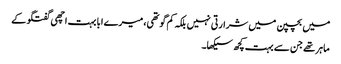
میں بچپن میں شرارتی نہیں بلکہ کم گو تھی، میرے ابا بہت اچھی گفتگو کے
ماہر تھے جن سے بہت کچھ سیکھا۔